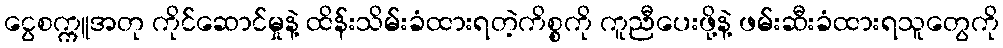
ငွေစက္ကူအတု ကိုင်ဆောင်မှုနဲ့ ထိန်းသိမ်းခံထားရတဲ့ကိစ္စကို ကူညီပေးဖို့နဲ့ ဖမ်းဆီးခံထားရသူတွေကို